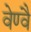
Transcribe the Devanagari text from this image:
वेण्वै